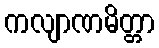
ကလျာဏမိတ္တာ